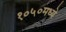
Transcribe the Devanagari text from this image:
१०५०मध्ये